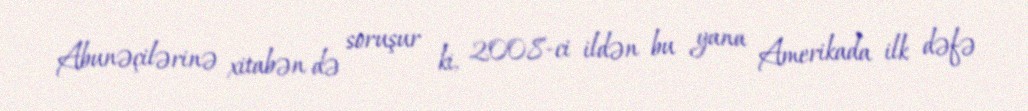
Abunəçilərinə xitabən də soruşur ki, 2008-ci ildən bu yana Amerikada ilk dəfə